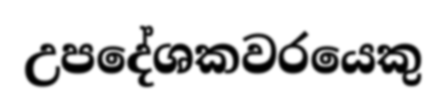
උපදේශකවරයෙකු